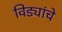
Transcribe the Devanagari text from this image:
विड्यांचे